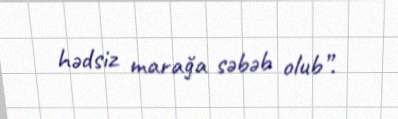
hədsiz marağa səbəb olub”.